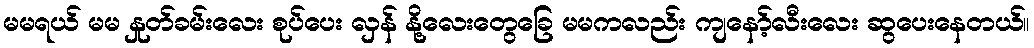
မမရယ် မမ နှုတ်ခမ်းလေး စုပ်ပေး လှန် နို့လေးတွေခြေ မမကလည်း ကျနော့်လီးလေး ဆွပေးနေတယ်။